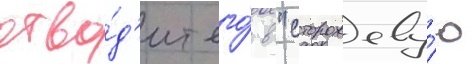
отво́д'ит его́ в "сторожеву́ю